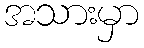
အသားမှာ